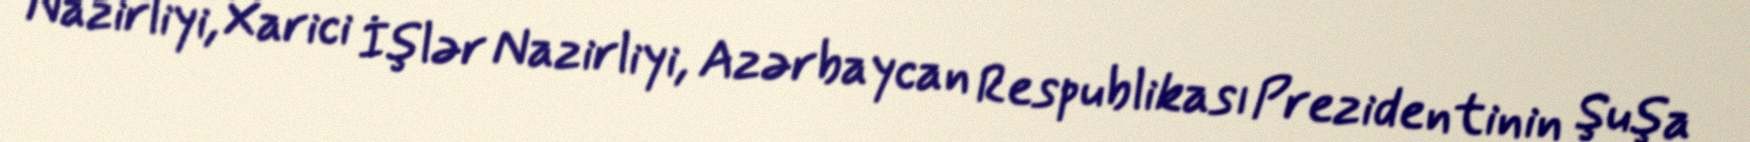
Nazirliyi, Xarici İşlər Nazirliyi, Azərbaycan Respublikası Prezidentinin Şuşa